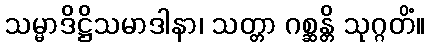
သမ္မာဒိဋ္ဌိသမာဒါနာ၊ သတ္တာ ဂစ္ဆန္တိ သုဂ္ဂတိံ။